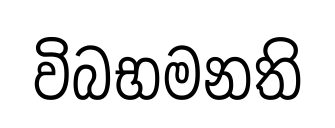
විබභමනති